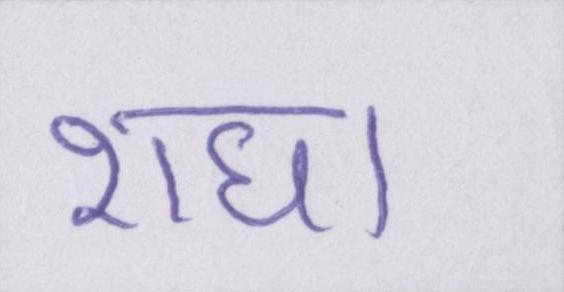
राधा